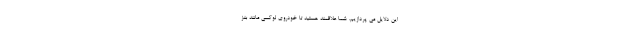
این دلایل می پردازیم. شما علاقمند هستید تا خودروی لوکسی مانند بنز